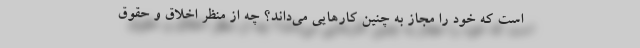
است که خود را مجاز به چنین کارهایی می‌داند؟ چه از منظر اخلاق و حقوق